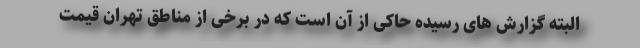
البته گزارش های رسیده حاکی از آن است که در برخی از مناطق تهران قیمت